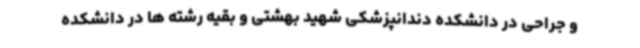
و جراحی در دانشکده دندانپزشکی شهید بهشتی و بقیه رشته ها در دانشکده